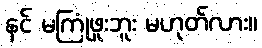
နင် မကြုံဖူးဘူး မဟုတ်လား။